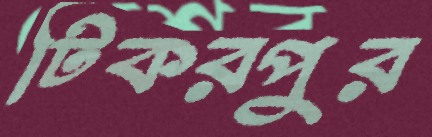
টিকরপুর